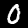
Digit: 0